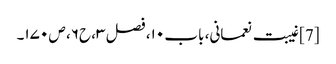
[7] غیبت نعمانی، باب ۱۰، فصل ۳، ح۶، ص ۱۷۰۔